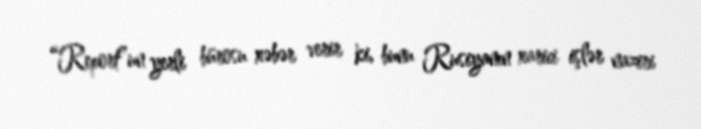
“Report”un yerli bürosu xəbər verir ki, bunu Rusiyanın xarici işlər naziri